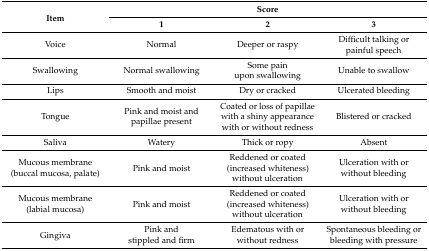
<table><thead><tr><td rowspan="2"><b>Item</b></td><td colspan="3"><b>Score</b></td></tr><tr><td><b>1</b></td><td><b>2</b></td><td><b>3</b></td></tr></thead><tbody><tr><td>Voice</td><td>Normal</td><td>Deeper or raspy</td><td>Difficult talking or painful speech</td></tr><tr><td>Swallowing</td><td>Normal swallowing</td><td>Some pain upon swallowing</td><td>Unable to swallow</td></tr><tr><td>Lips</td><td>Smooth and moist</td><td>Dry or cracked</td><td>Ulcerated bleeding</td></tr><tr><td>Tongue</td><td>Pink and moist and papillae present</td><td>Coated or loss of papillae with a shiny appearance with or without redness</td><td>Blistered or cracked</td></tr><tr><td>Saliva</td><td>Watery</td><td>Thick or ropy</td><td>Absent</td></tr><tr><td>Mucous membrane (buccal mucosa, palate)</td><td>Pink and moist</td><td>Reddened or coated (increased whiteness) without ulceration</td><td>Ulceration with or without bleeding</td></tr><tr><td>Mucous membrane (labial mucosa)</td><td>Pink and moist</td><td>Reddened or coated (increased whiteness) without ulceration</td><td>Ulceration with or without bleeding</td></tr><tr><td>Gingiva</td><td>Pink and stippled and firm</td><td>Edematous with or without redness</td><td>Spontaneous bleeding or bleeding with pressure</td></tr></tbody></table>